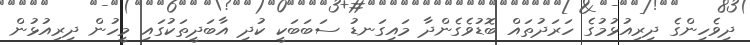
ދިވެހިންގެ ދިރިއުޅުމުގެ ހަރަދުތައް ބޮޑުވެގެންދާ މައިގަނޑު ސަބަބަކީ ކުދި އާބަދީތަކުގައި މީހުން ދިރިއުޅުން